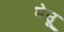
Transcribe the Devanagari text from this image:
घेउू